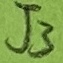
Text: J3